Civil Veterinary Dept. North-West Frontier Province 1933-46 - 1933-1946
Year: 1933
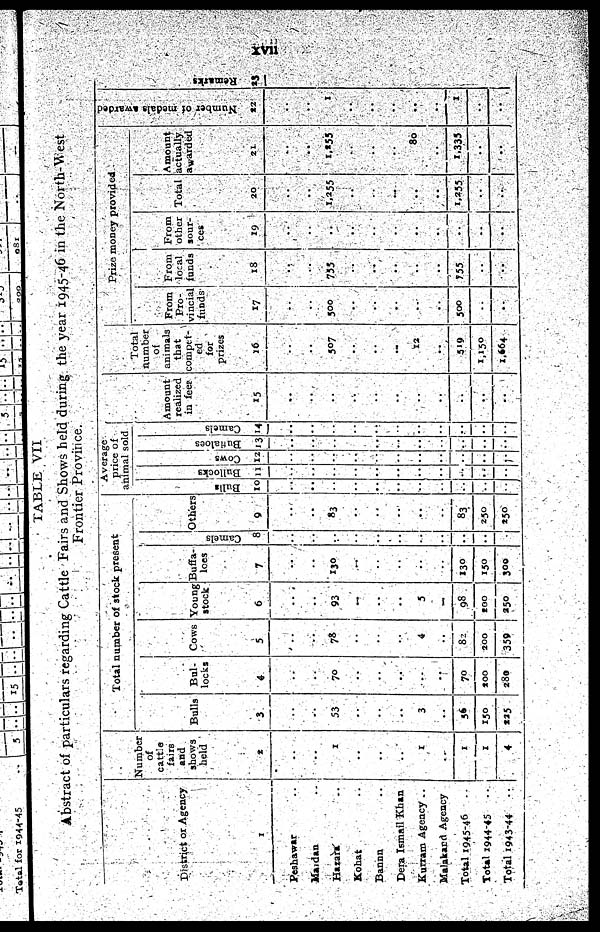
xvii
TABLE VII
Abstract of particulars regarding Cattle Fairs and Shows held during the year 1945-46 in the North-West
Frontier Province.
District or Agency
1
Peshawar ..
Mardan ..
Hazara ..
Kohat ..
Bannu ..
Dera Ismail Khan
Kurram Agency ..
Malakand Agency
Total 1945-46 ..
Total 1944-45 ..
Total 1943-44
..
Number
of
cattle
fairs
and
shows
held
2
..
..
1
..
..
..
1
..
1
1
4
Total number of stock present.
Bulls
3
..
..
53
..
..
..
3
..
56
150
225
Bul-
locks
4
..
..
70
..
..
..
..
..
70
200
280
Cows
5
..
..
78
..
..
..
4
..
82
200
359
Young
stock
6
..
..
93
..
..
..
3
..
98
200
250
Buffa-
loes
7
..
..
130
..
..
..
..
..
130
150
300
Camels
8
..
..
..
..
..
..
..
..
..
..
..
Others
9
..
..
83
..
..
..
..
..
83
230
250
Average
price of
animal sold
Bul l s
10
..
..
..
..
..
..
..
..
..
..
..
Bul l
oc ks
11
..
..
..
..
..
..
..
..
..
..
..
Cows
12
..
..
..
..
..
..
..
..
..
..
..
Buha l
oe s
13
..
..
..
..
..
..
..
..
..
..
..
Ca me l
s
14
..
..
..
..
..
..
..
..
..
..
..
Amount
realized
in feet
15
..
..
..
..
..
..
..
..
..
..
..
Total
number
of
animals
that
compet-
ed
for
prizes
16
..
..
507
..
..
..
12
..
519
1,150
1,664
Prize money provided
From
Pro-
vincial
funds
17
..
..
500
..
..
..
..
..
500
..
..
From
local
funds
18
..
..
755
..
..
..
..
..
755
..
..
From
other
sour-
ces
19
..
..
..
..
..
..
..
..
..
..
..
Total
20
..
..
1,255
..
..
..
..
..
1,255
..
..
Amount
actually
awarded
21
..
..
1,255
..
..
..
80
..
1,335
..
..
Number of medals awarded
22
..
..
1
..
..
..
..
..
1
..
..
Remarks
23